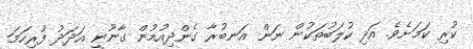
ކުރި ކަމަށެވެ. އަދި ކުލަބުތަކުން ނަން އަނބުރާ ގެންދިއުމުން ގާނޫނީ އަދަދު ފުރިހަމަ